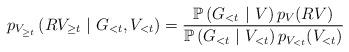
LaTeX: \begin{align*}p_{V_{\geq t}}\left(RV_{\geq t}\ \middle|\ G_{<t}, V_{<t}\right) =\frac{\mathbb{P}\left( G_{<t}\ \middle|\ V \right)p_V(RV)}{\mathbb{P}\left( G_{<t}\ \middle|\ V_{<t} \right)p_{V_{<t}}(V_{<t})}\end{align*}